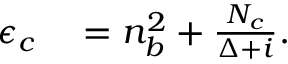
\begin{array} { r l } { \epsilon _ { c } } & { { } = n _ { b } ^ { 2 } + \frac { N _ { c } } { \Delta + i } . } \end{array}